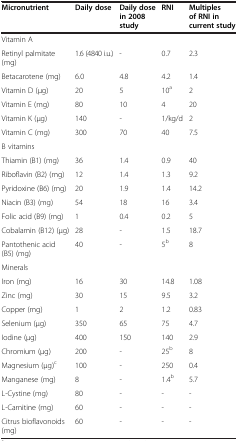
| Micronutrient | Daily dose | Daily dose in 2008 study | RNI | Multiples of RNI in current study |
 | --- | --- | --- | --- | --- |
 | Vitamin A |  |  |  |  |
 | Retinyl palmitate (mg) | 1.6 (4840 i.u.) | - | 0.7 | 2.3 |
 | Betacarotene (mg) | 6.0 | 4.8 | 4.2 | 1.4 |
 | Vitamin D (μg) | 20 | 5 | 10a | 2 |
 | Vitamin E (mg) | 80 | 10 | 4 | 20 |
 | Vitamin K (μg) | 140 | - | 1/kg/d | 2 |
 | Vitamin C (mg) | 300 | 70 | 40 | 7.5 |
 | B vitamins |  |  |  |  |
 | Thiamin (B1) (mg) | 36 | 1.4 | 0.9 | 40 |
 | Riboflavin (B2) (mg) | 12 | 1.4 | 1.3 | 9.2 |
 | Pyridoxine (B6) (mg) | 20 | 1.9 | 1.4 | 14.2 |
 | Niacin (B3) (mg) | 54 | 18 | 16 | 3.4 |
 | Folic acid (B9) (mg) | 1 | 0.4 | 0.2 | 5 |
 | Cobalamin (B12) (μg) | 28 | - | 1.5 | 18.7 |
 | Pantothenic acid (B5) (mg) | 40 | - | 5b | 8 |
 | Minerals |  |  |  |  |
 | Iron (mg) | 16 | 30 | 14.8 | 1.08 |
 | Zinc (mg) | 30 | 15 | 9.5 | 3.2 |
 | Copper (mg) | 1 | 2 | 1.2 | 0.83 |
 | Selenium (μg) | 350 | 65 | 75 | 4.7 |
 | Iodine (μg) | 400 | 150 | 140 | 2.9 |
 | Chromium (μg) | 200 | - | 25b | 8 |
 | Magnesium (μg)c | 100 | - | 250 | 0.4 |
 | Manganese (mg) | 8 | - | 1.4b | 5.7 |
 | L-Cystine (mg) | 80 | - | - | - |
 | L-Carnitine (mg) | 60 | - | - | - |
 | Citrus bioflavonoids (mg) | 60 | - | - | - |